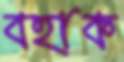
বহাক